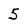
Character: 5